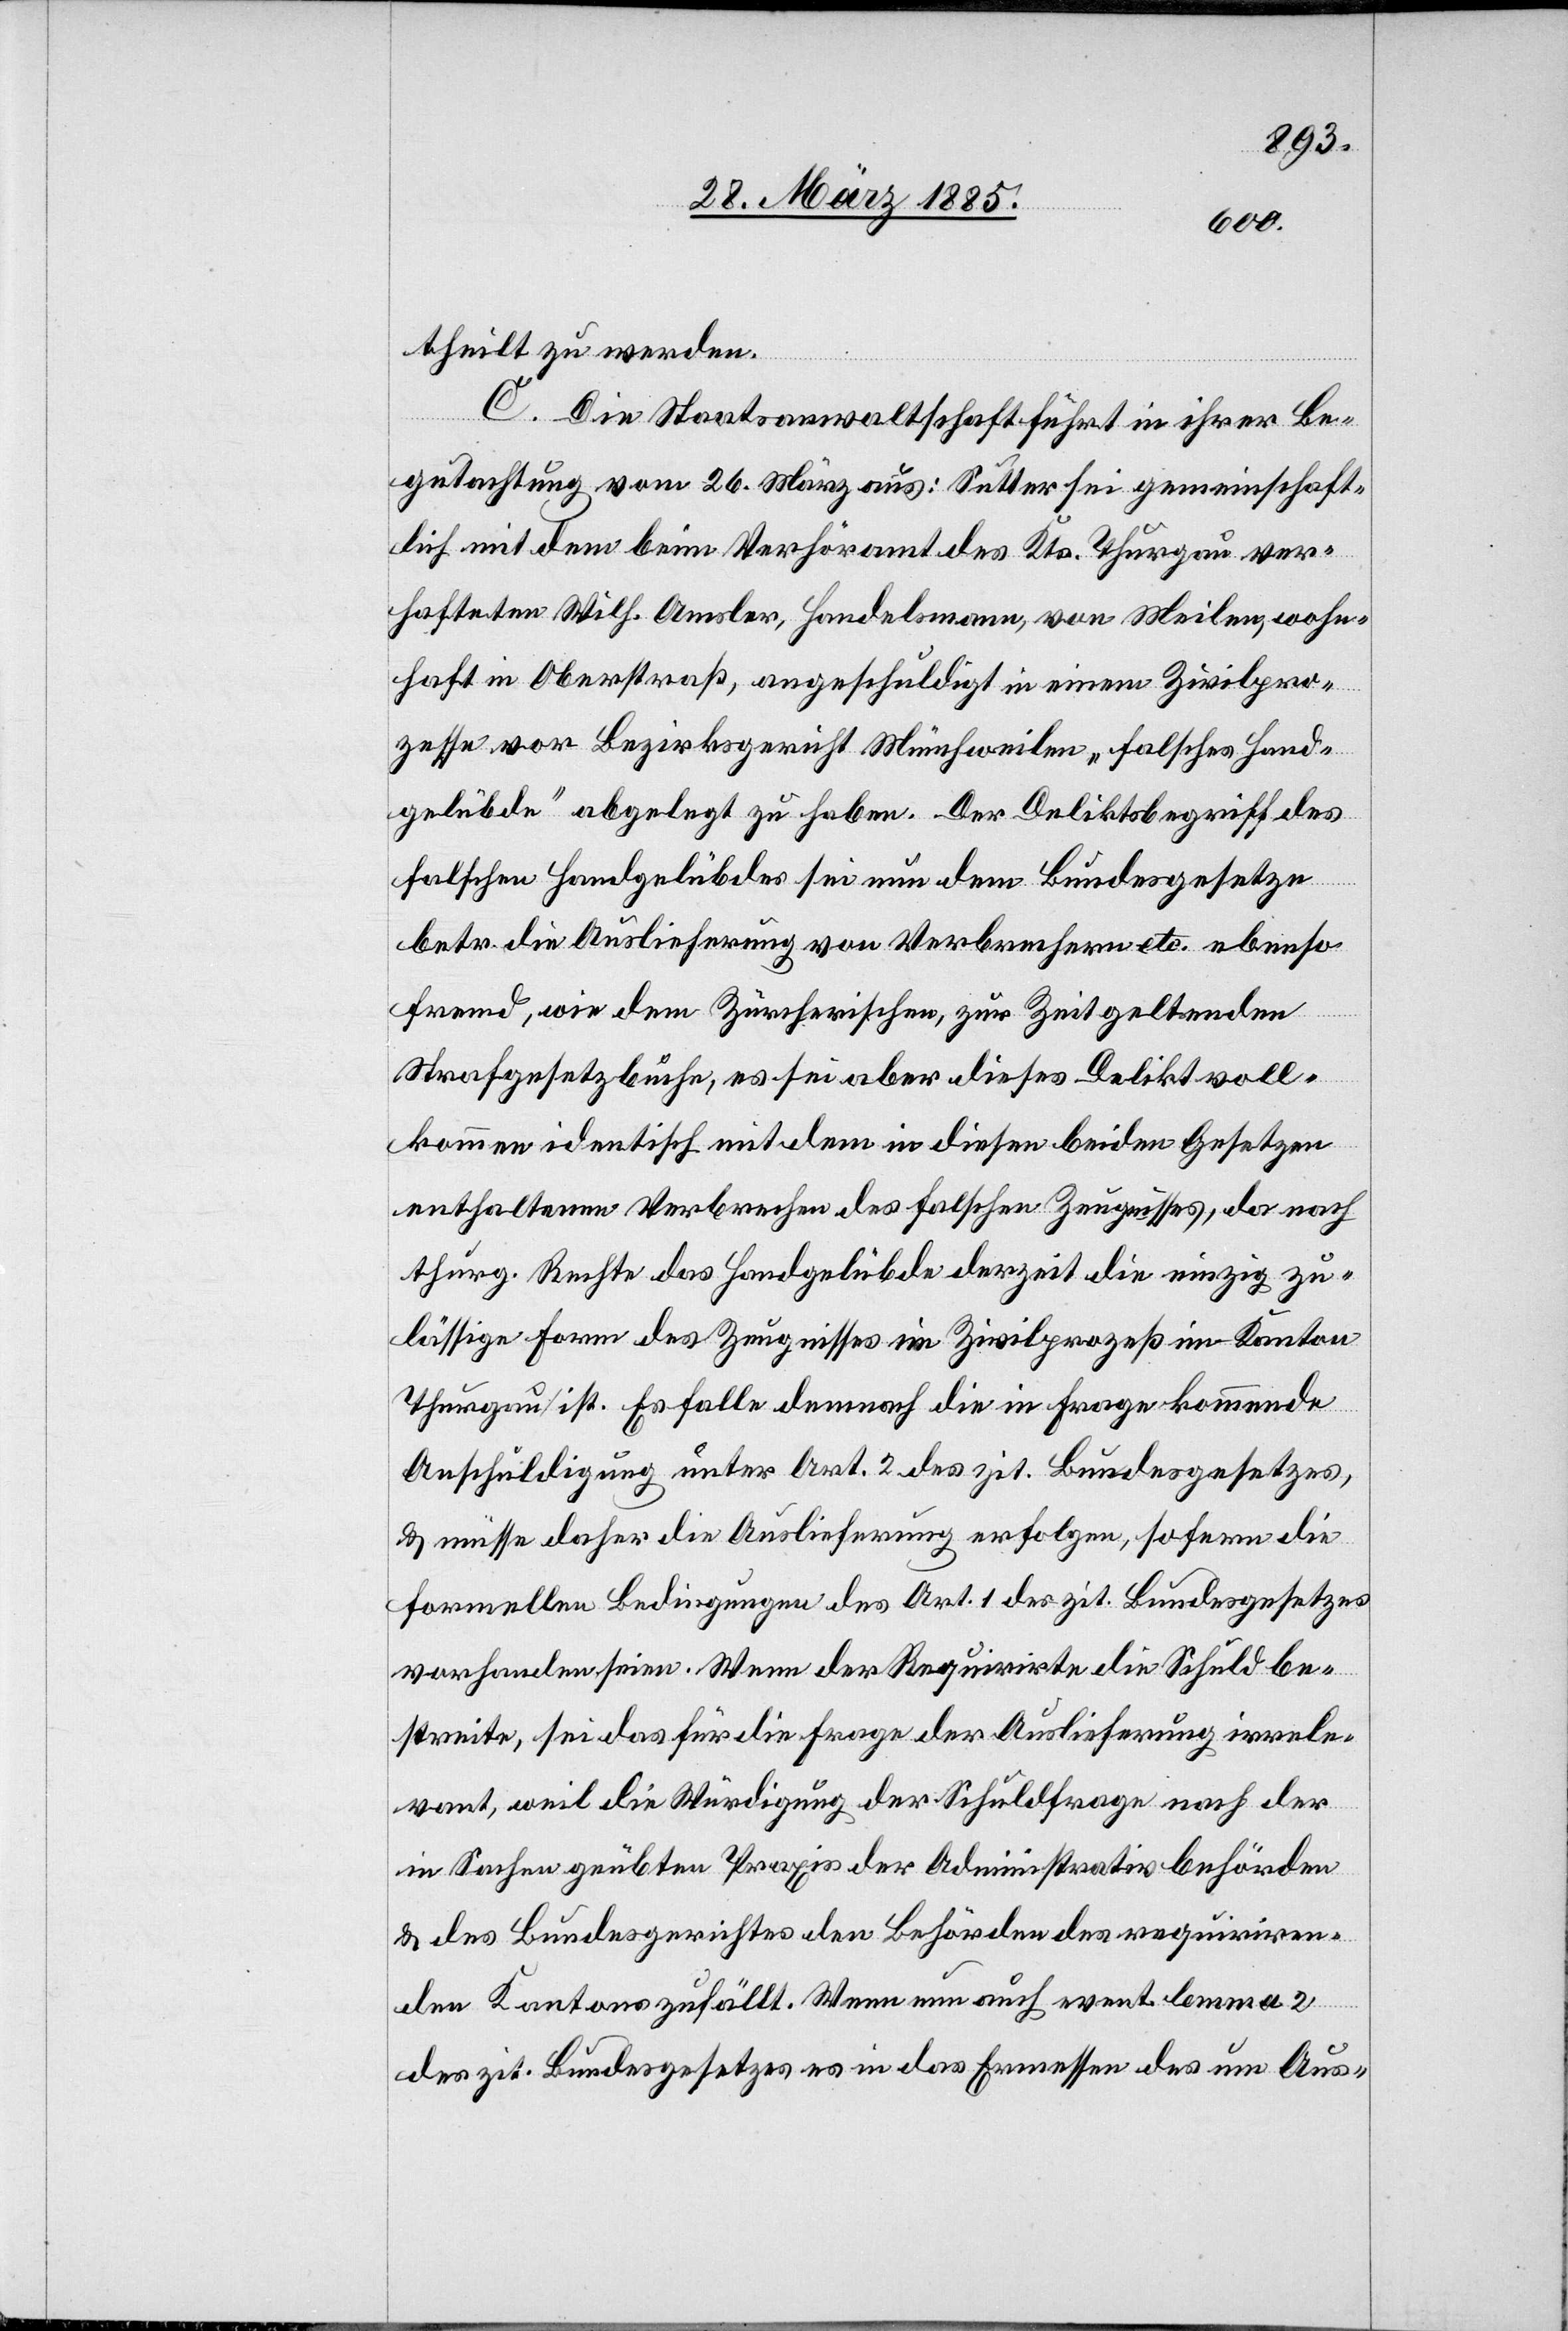
theilt zu werden.
C. Die Staatsanwaltschaft führt in ihrer Be¬
gutachtung vom 26. März aus: Sutter sei gemeinschaft¬
lich mit dem beim Verhöramt des Kts. Thurgau ver¬
hafteten Wilh. Amsler, Handelsmann, von Meilen, wohn¬
haft in Oberstraß, angeschuldigt in einem Zivilpro¬
zesse vor Bezirksgericht Münchweilen „falsches Hand¬
gelübde“ abgelegt zu haben. Der Deliktsbegriff des
falschen Handgelübdes sei nun dem Bundesgesetze
betr. die Auslieferung von Verbrechern etc. ebenso
fremd, wie dem Zürcherischen, zur Zeit geltenden
Strafgesetzbuche, es sei aber dieses Delikt voll¬
kommen identisch mit dem in diesen beiden Gesetzen
enthaltenen Verbrechen des falschen Zeugnisses, da nach
thurg. Rechte das Handgelübde derzeit die einzig zu¬
lässige Form des Zeugnisses im Zivilprozeß im Kanton
Thurgau ist. Es falle demnach die in Frage kommende
Anschuldigung unter Art. 2 des zit. Bundesgesetzes,
& müsse daher die Auslieferung erfolgen, sofern die
formellen Bedingungen des Art. 1 des zit. Bundesgesetzes
vorhanden seien. Wenn der Requirirte die Schulden be¬
streite, sei das für die Frage der Auslieferung irrele¬
vant, weil die Würdigung der Schuldfrage nach der
in Sachen geübten Praxis der Administrativbehörden
& des Bundesgerichtes den Behörden des requiriren¬
den Kantons zufällt. Wenn nun auch event. lemma 2
des zit. Bundesgesetzes es in das Ermessen des um Aus-